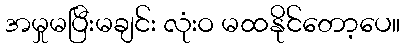
အမှုမပြီးမချင်း လုံးဝ မထနိုင်တော့ပေ။